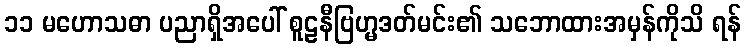
၁၁ မဟောသဓာ ပညာရှိအပေါ် စူဠနီဗြဟ္မဒတ်မင်း၏ သဘောထားအမှန်ကိုသိ ရန်